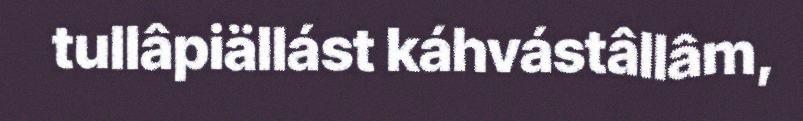
tullâpiällást káhvástâllâm,